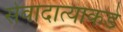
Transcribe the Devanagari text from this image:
सेवादात्याकडे